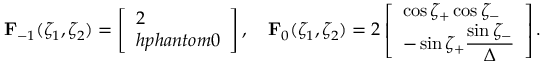
\mathbf F _ { - 1 } ( \zeta _ { 1 } , \zeta _ { 2 } ) = \left[ \begin{array} { l } { 2 } \\ { h p h a n t o m { 0 } } \end{array} \right] , \quad \mathbf F _ { 0 } ( \zeta _ { 1 } , \zeta _ { 2 } ) = 2 \left[ \begin{array} { l } { \cos \zeta _ { + } \cos \zeta _ { - } } \\ { - \sin \zeta _ { + } \displaystyle \frac { \sin \zeta _ { - } } \Delta } \end{array} \right] .